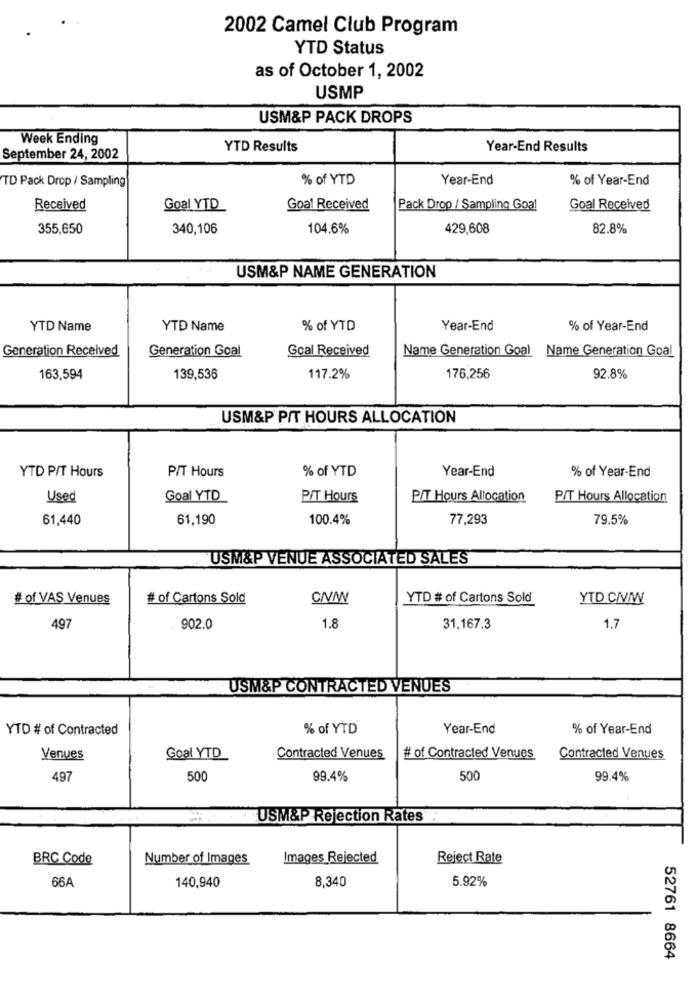
2002 Camel Club Program
YTD Status
as of October 1, 2002
USMP
USM&P PACK DROPS
Week Ending
YTD Results
Year-End Results
September 24, 2002
TD Pack Drop / Sampling
% of YTD
Year-End
% of Year-End
Received
Goal YTD
Goal Received
Pack Drop / Sampling Goal
Goal Received
355,650
340,106
104.6%
429,608
82.8%
USM&P NAME GENERATION
YTD Name
YTD Name
% of YTD
Year-End
% of Year-End
Generation Received
Generation Goal
Goal Received
Name Generation Goal Name Generation Goal
163,594
139,536
117.2%
176,256
92.8%
USM&P PIT HOURS ALLOCATION
YTD PIT Hours
PIT Hours
% of YTD
Year-End
% of Year-End
Used
Goal YTD
PIT Hours
PIT Hours Allocation
PIT Hours Allocation
61,440
61,190
100.4%
77,293
79.5%
USM&P VENUE ASSOCIATED SALES
# of VAS Venues
# of Cartons Sold
YTD # of Cartons Sold
YTD C/VMW
49
902.0
1.8
31,167.3
1.7
USM&P CONTRACTED VENUES
YTD # of Contracted
% of YTD
Year-End
% of Year-End
Venues
Goal YTD
Contracted Venues
# of Contracted Venues
Contracted Venues
497
500
99.4%
500
99.4%
USM&P Rejection Rates
BRC Code
Number of Images
Images Rejected
Reject Rate
66A
140,940
8,340
5.92%
52761 8664